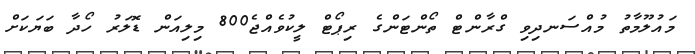
މައުލޫމާތު މުއްސަނދިވި ގްރާންޓް ތޯންޓަންގެ ރިޕޯޓް ލީކުވެއްޖެ800 މިލިއަން ޑޮލަރު ހޯދާ ބަޔަކަށް